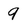
Character: q